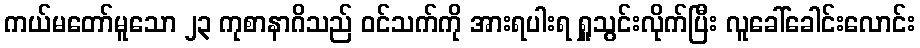
ကယ်မတော်မူသော ၂၃ ကုစာနာဂိသည် ဝင်သက်ကို အားရပါးရ ရှူသွင်းလိုက်ပြီး လူခေါ်ခေါင်းလောင်း